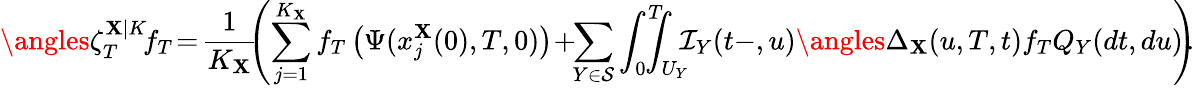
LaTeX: \angles{\zeta_{T}^{\mathbf{X}|K}\! }{f_{T}}\! =\! \frac{{1}}{{K_{\mathbf{X}}}}\! \! \left(\sum_{j=1}^{K_{\mathbf{X}}}f_{T}\left(\Psi(x_{j}^{\mathbf{X}}(0),T,0)\right)\! +\! \! \sum_{Y\in\mathcal{{S}}}\int_{0}^{T}\! \! \! \! \! \int_{U_{Y}}\! \! \! \mathcal{{I}}_{Y}(t-,u)\angles{\Delta_{\mathbf{X}}(u,T,t)}{f_{T}}Q_{Y}(dt,du)\! \! \right)\! \! .